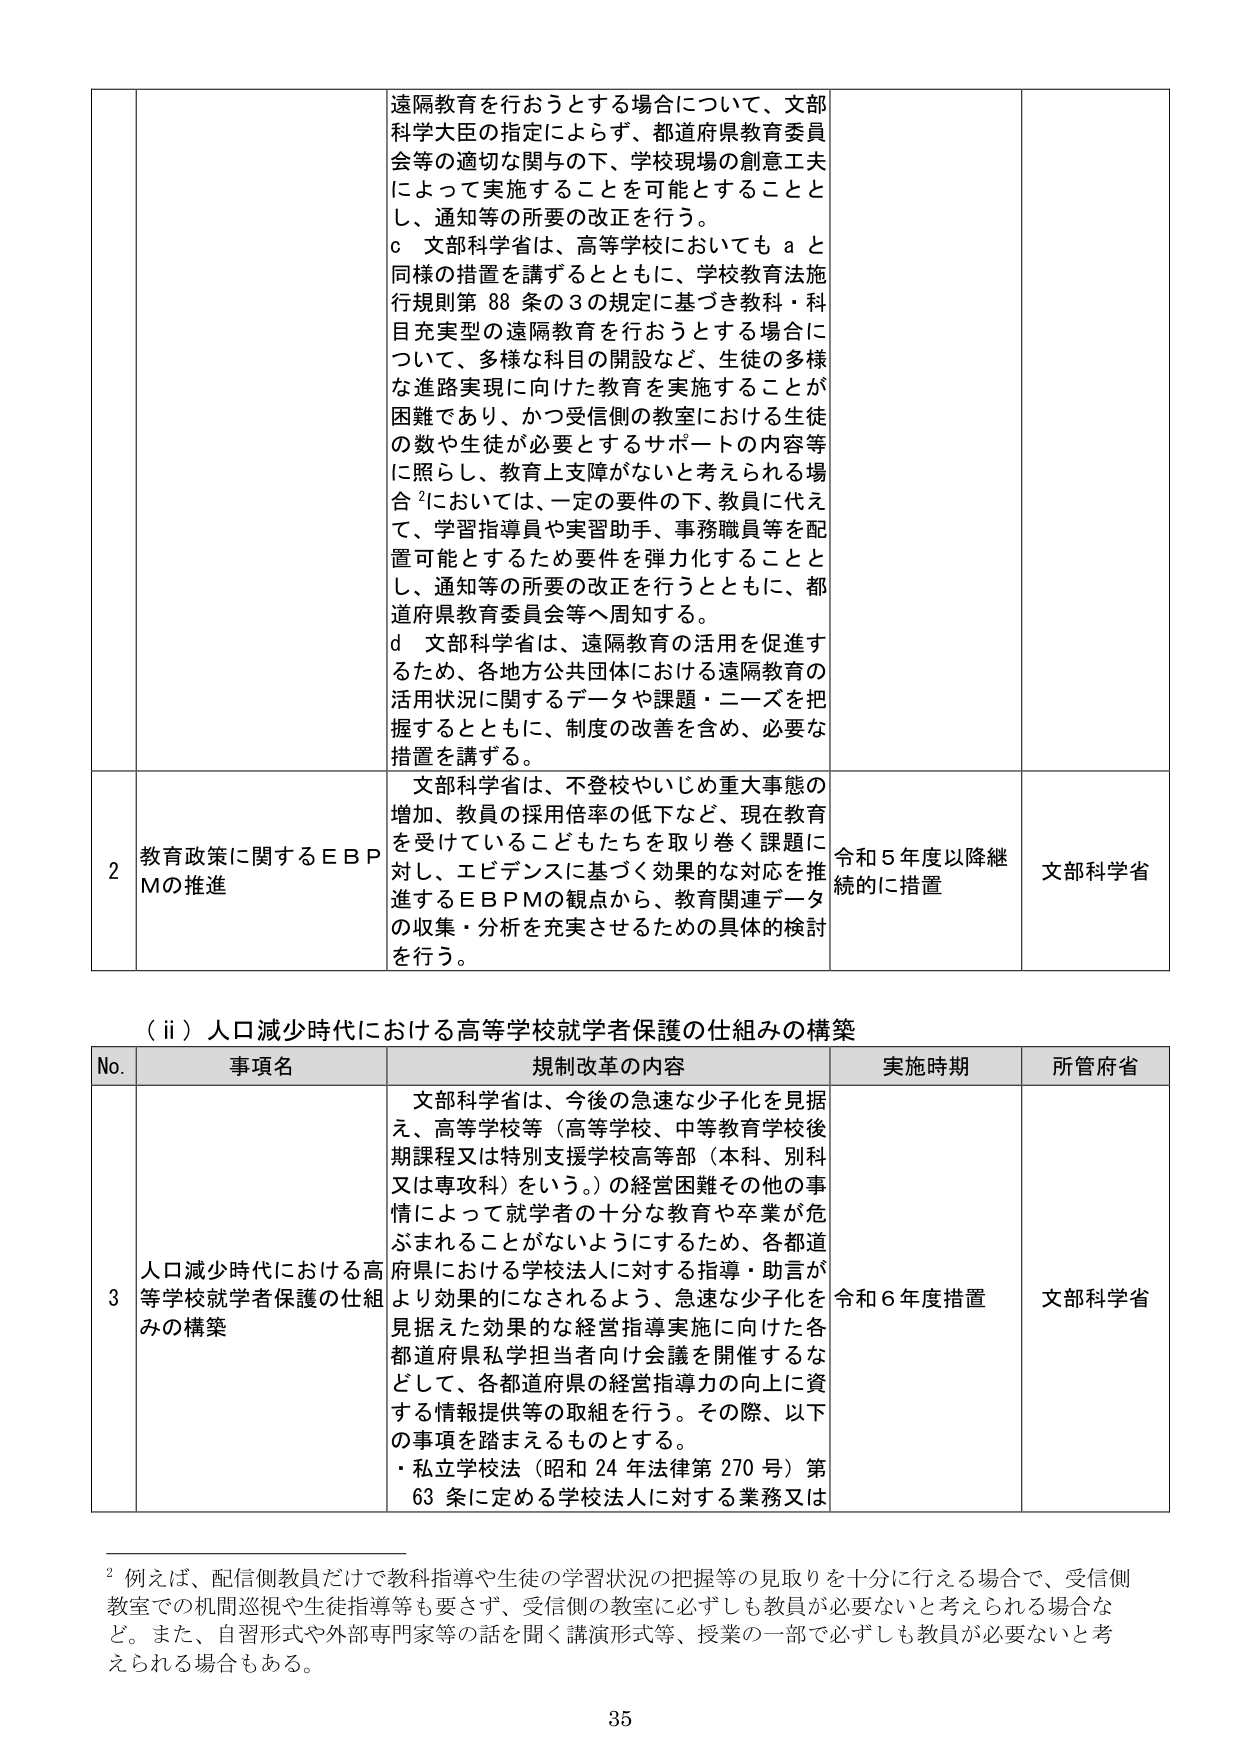
遠隔教育を行おうとする場合について、文部科学大臣の指定によらず、都道府県教育委員会等の適切な関与の下、学校現場の創意工夫によって実施することを可能とすることとし、通知等の所要の改正を行う。
ｃ 文部科学省は、高等学校においてもａと同様の措置を講ずるとともに、学校教育法施行規則第88条の3の規定に基づき教科・科目充実型の遠隔教育を行おうとする場合について、多様な科目の開設など、生徒の多様な進路実現に向けた教育を実施することが困難であり、かつ受信側の教室における生徒の数や生徒が必要とするサポートの内容等に照らし、教育上支障がないと考えられる場合²においては、一定の要件の下、教員に代えて、学習指導員や実習助手、事務職員等を配置可能とするため要件を弾力化することとし、通知等の所要の改正を行うとともに、都道府県教育委員会等へ周知する。
ｄ 文部科学省は、遠隔教育の活用を促進するため、各地方公共団体における遠隔教育の活用状況に関するデータや課題・ニーズを把握するとともに、制度の改善を含め、必要な措置を講ずる。

2 教育政策に関するＥＢＰＭの推進
文部科学省は、不登校やいじめ重大事態の増加、教員の採用倍率の低下など、現在教育を受けているこどもたちを取り巻く課題に対し、エビデンスに基づく効果的な対応を推進するＥＢＰＭの観点から、教育関連データの収集・分析を充実させるための具体的検討を行う。
令和5年度以降継続的に措置
文部科学省

（ⅱ）人口減少時代における高等学校就学者保護の仕組みの構築

No. 事項名 規制改革の内容 実施時期 所管府省
3 人口減少時代における高等学校就学者保護の仕組みの構築
文部科学省は、今後の急速な少子化を見据え、高等学校等（高等学校、中等教育学校後期課程又は特別支援学校高等部（本科、別科又は専攻科）をいう。）の経営困難その他の事情によって就学者の十分な教育や卒業が危ぶまれることがないようになるため、各都道府県における学校法人に対する指導・助言がより効果的になされるよう、急速な少子化を見据えた効果的な経営指導実施に向けた各都道府県私学担当者向け会議を開催するなどして、各都道府県の経営指導力の向上に資する情報提供等の取組を行う。その際、以下の事項を踏まえるものとする。
・私立学校法（昭和24年法律第270号）第63条に定める学校法人に対する業務又は
令和6年度措置
文部科学省

² 例えば、配信側教員だけで教科指導や生徒の学習状況の把握等の見取りを十分に行える場合で、受信側教室での机間巡視や生徒指導等も要さず、受信側の教室に必ずしも教員が必要ないと考えられる場合など。また、自習形式や外部専門家等の話を聞く講演形式等、授業の一部で必ずしも教員が必要ないと考えられる場合もある。

35